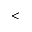
<